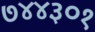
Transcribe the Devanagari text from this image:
७४४३०१